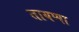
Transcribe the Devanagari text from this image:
तायप्पा